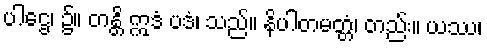
ပါဌေ၊ ၌။ တန္တိ ဣဒံ ပဒံ၊ သည်။ နိပါတမတ္တံ၊ တည်း။ ယဿ၊